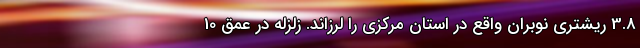
3.8 ریشتری نوبران واقع در استان مرکزی را لرزاند. زلزله‌ در عمق 10